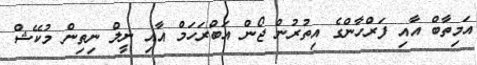
އަމިތާބް އާއި ފަރްހާންގެ އިތުރުން ޖޯން އަބްރަހަމް އާއި ނީލް ނިތިން މުކޭޝް